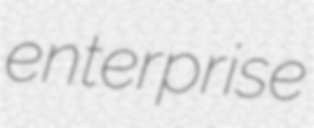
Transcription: enterprise